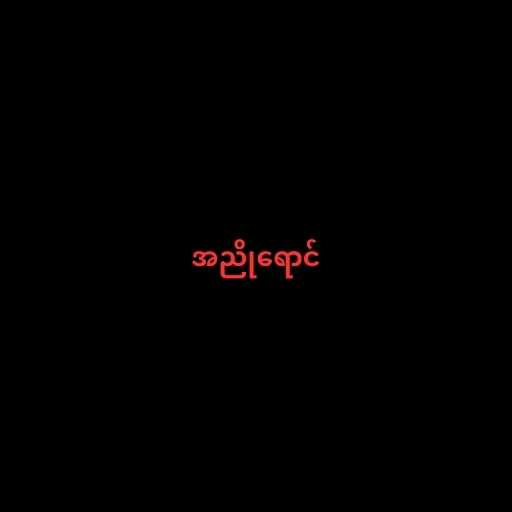
အညိုရောင်